Annual returns of the Patna Lunatic Asylum at Bankipore in Bihar and Orissa - 1912-1924
Year: 1912
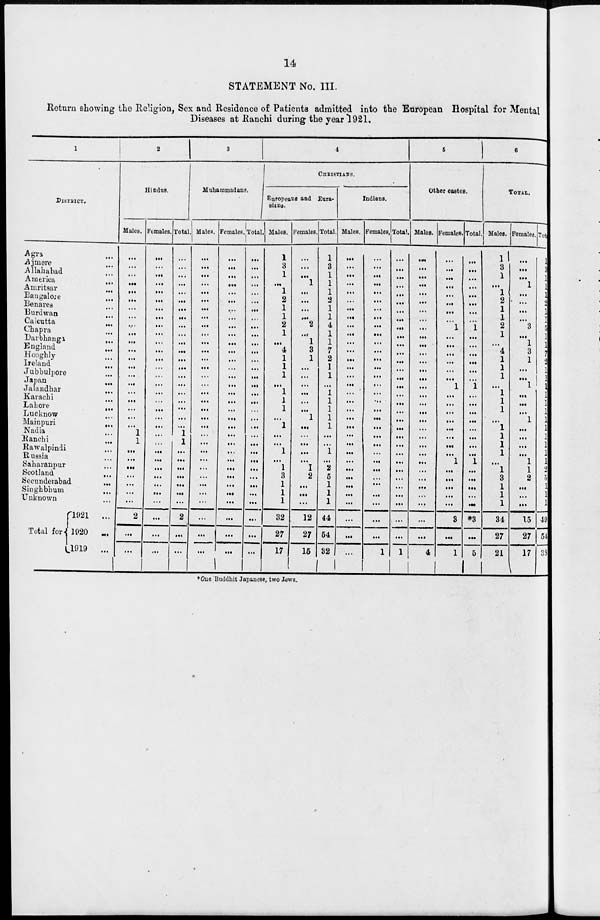
14
STATEMENT No. III.
Return showing the Religion, Sex and Residence of Patients admitted into the European Hospital for Mental
Diseases at Ranchi during the year 1921.
1
DISTRICT.
Agra ...
Ajmere ...
Allahabad ...
America
...
Amritsar
...
Bangalore ...
Benares ...
Burdwan ...
Calcutta ...
Chapra ...
Darbhanga
...
England ...
Hooghly ...
Ireland ...
Jubbulpore ...
Japan ...
Jalandhar ...
Karachi ...
Lahore
...
Lucknow ...
Mainpuri
...
Nadia ...
Ranchi
...
Rawalpindi ...
Russia ...
Saharanpur ...
Scotland
...
Secunderabad
...
Singhbhum ...
Unknown ...
Total for
1921 ...
1920
...
1919
...
2
Hindus.
Males.
...
...
...
...
...
...
...
...
...
...
...
...
...
...
...
...
...
...
...
...
...
1
1
...
...
...
...
...
...
...
2
...
...
Females.
...
... ...
...
...
...
...
... ...
...
...
...
...
...
...
...
...
...
...
...
...
...
...
...
...
...
... ...
...
...
...
...
...
Total.
...
...
...
...
...
...
...
... ...
... ...
...
...
...
...
...
...
...
...
...
...
1
1
...
...
...
...
...
...
...
2
...
...
3
Muhammadans.
Males.
...
...
...
...
...
...
...
...
...
...
...
...
...
...
...
...
...
...
...
...
...
...
...
...
...
...
...
...
...
...
...
...
...
Females.
...
...
...
...
...
...
...
...
...
...
...
...
...
...
...
...
...
...
...
...
...
...
...
...
...
...
...
...
...
...
...
...
...
Total.
...
...
...
...
...
...
...
...
...
...
...
...
...
...
...
...
...
...
...
...
...
...
...
...
...
...
...
...
...
...
...
...
...
4
CHRISTIANS.
Europeans and Eura-
sians.
Males.
1
3
1
...
1
2
1
1
2
1
...
4
1
1
1
...
1
1
1
...
1
...
...
1
...
1
3
1
1
1
32
27
17
Females.
...
...
...
1
...
...
...
...
2
...
1
3
1
...
...
...
...
...
...
1
...
...
...
...
...
1
2
...
...
...
12
27
15
Total.
1
3
1
1
1
2
1
1
4
1
1
7
2
1
1
...
1
1
1
1
1
...
...
1
...
2
5
1
1
1
44
54
32
Indians.
Males.
...
...
...
...
...
...
...
...
...
...
...
...
...
...
...
...
...
...
...
...
...
...
...
...
...
...
...
...
...
...
...
...
...
Females.
...
...
...
...
...
...
...
...
...
...
...
...
...
...
...
...
...
...
...
...
...
...
...
...
...
...
...
...
...
...
...
...
1
Total.
...
...
...
...
...
...
...
...
...
...
...
...
...
...
...
...
...
...
...
...
...
...
...
...
...
...
...
...
...
...
...
...
1
5
Other castes.
Males.
...
...
...
...
...
...
...
...
...
...
...
...
...
...
...
...
...
...
...
...
...
...
...
...
...
...
...
...
...
...
...
...
4
Females.
...
...
...
...
...
...
...
...
1
...
...
...
...
...
...
1
...
...
...
...
...
...
...
...
1
...
...
...
...
...
3
...
1
Total.
...
...
...
...
...
...
...
...
1
...
...
...
...
...
...
1
...
...
...
...
...
...
...
...
1
...
...
...
...
...
*3
...
5
6
TOTAL.
Males.
1
3
1
...
l
2
1
1
2
1
...
4
1
1
1
...
1
1
1
...
1
1
1
1
1 1
3
1
1
1
34
27
21
Females.
...
...
...
1
...
...
...
...
3
...
1
3
1
...
...
1
...
...
...
1
...
...
...
...
1
1
2
...
...
...
15
27
17
Total.
1
3
1
1
1
2
1
1
5
1
1
7
2
1
1
1
1
1
1
1
1
1
1
1
1
2
4
1
1
1
49
54
38
*One Buddhit Japanese, two Jews.